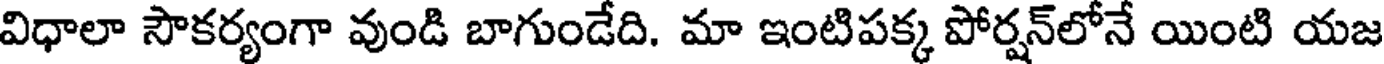
విధాలా సౌకర్యంగా వుండి బాగుండేది. మా ఇంటిపక్క పోర్షన్లోనే యింటి యజ